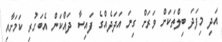
އަދި މިފަދަ ބިލްތަކަށް ވަރަށް ގިނަ އަދަދެއްގެ ފައިސާ ދައްކަން އެބަހުރި ކަމަށާއި